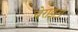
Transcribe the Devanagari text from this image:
चेराइटा